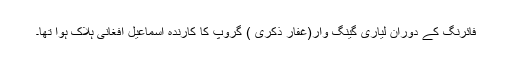
فائرنگ کے دوران لیاری گینگ وار(غفار ذکری ) گروپ کا کارندہ اسماعیل افغانی ہلاک ہوا تھا۔